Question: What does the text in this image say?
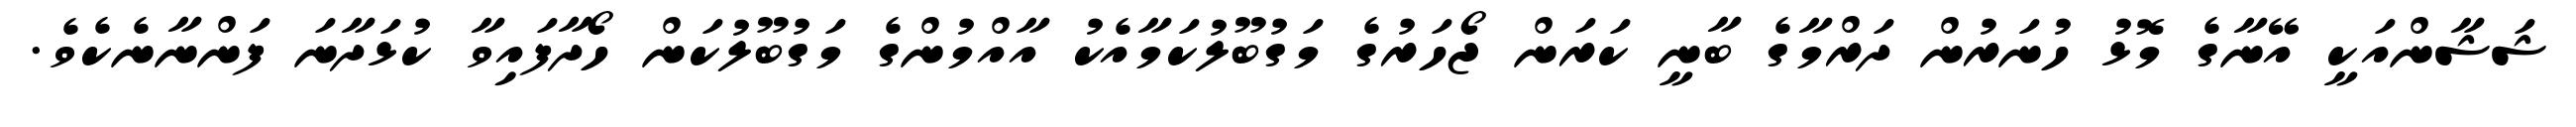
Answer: ޝަޝާންއަކީ އޭނާގެ މޮޅު ހުނަރުން ދަރްމާގެ ބާނީ ކަރަން ޖޯހަރުގެ މަގުބޫލުކަމާއެކު އާއްމުންގެ މަގުބޫލުކަން ހޯދާފައިވާ ކުޅަދާނަ ފަންނާނެކެވެ.